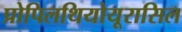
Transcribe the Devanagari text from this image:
प्रोपिलथियोयूरासिल